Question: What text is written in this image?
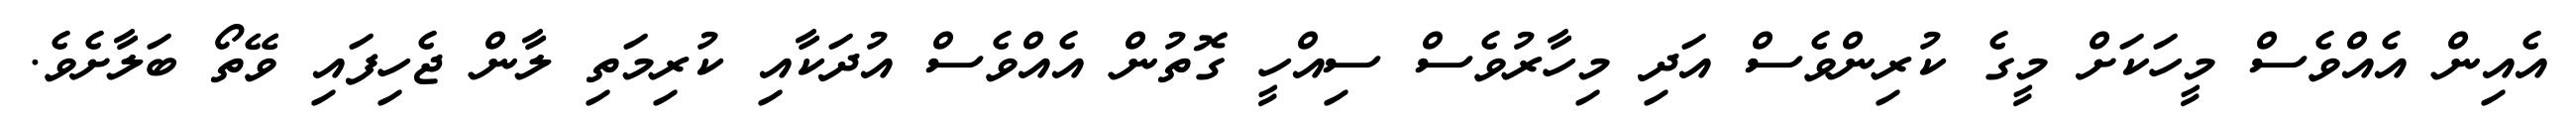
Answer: އެއިން އެއްވެސް މީހަކަށް މީގެ ކުރިންވެސް އަދި މިހާރުވެސް ސިއްހީ ގޮތުން އެއްވެސް އުދަކާއި ކުރިމަތި ލާން ޖެހިފައި ވޭތޯ ބަލާށެވެ.